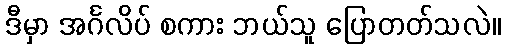
ဒီမှာ အင်္ဂလိပ် စကား ဘယ်သူ ပြောတတ်သလဲ။